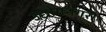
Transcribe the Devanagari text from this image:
उद्योगनगरी